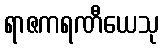
ရာဇကရဏီယေသု